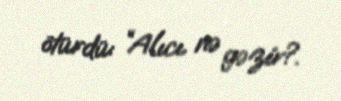
ötürdü: “Alıcı nə gəzir?.